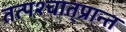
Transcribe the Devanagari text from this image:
तत्पश्‍चात्‌प्रान्त